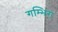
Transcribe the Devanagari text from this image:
गम्भिरा